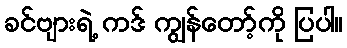
ခင်ဗျားရဲ့ ကဒ် ကျွန်တော့်ကို ပြပါ။